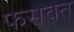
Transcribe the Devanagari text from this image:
फसवत